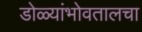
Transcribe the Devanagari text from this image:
डोळ्यांभोवतालचा